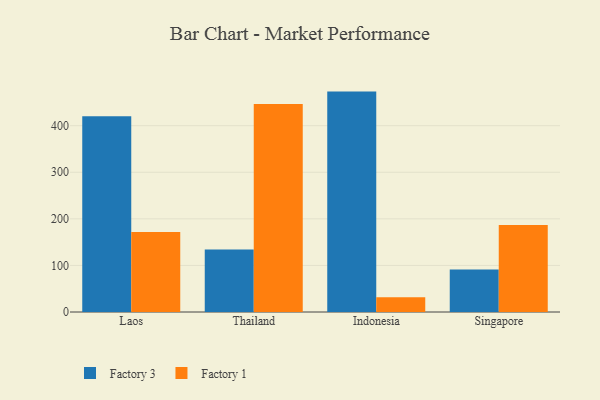
{"axis": {"x": "Country", "y": "Latency (ms)"}, "legend": ["Factory 1", "Factory 3"], "data": [{"x": "Laos", "y": 420.2, "type": "Factory 3"}, {"x": "Laos", "y": 171.5, "type": "Factory 1"}, {"x": "Thailand", "y": 134.4, "type": "Factory 3"}, {"x": "Thailand", "y": 446.8, "type": "Factory 1"}, {"x": "Indonesia", "y": 473.2, "type": "Factory 3"}, {"x": "Indonesia", "y": 31.6, "type": "Factory 1"}, {"x": "Singapore", "y": 91.4, "type": "Factory 3"}, {"x": "Singapore", "y": 186.7, "type": "Factory 1"}]}